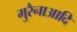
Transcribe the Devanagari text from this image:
मुरैनाआदि